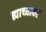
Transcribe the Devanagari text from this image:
ह्याच्यावर